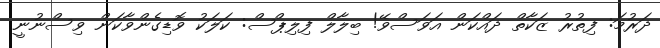
ދަރުމަ: ފިތުރު ޒަކާތް ދައްކަން އަވަސްވޭ! ބިލާލް ފިލިޕްސް: ކަލަކު ވޮޑިގެންވާކަން ވިސްނުނީ